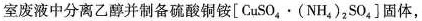
室废液中分离乙醇并制备硫酸铜铵[CuSO_{4}\cdot(NH_{4})_{2}SO_{4}]固体，